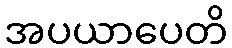
အပယာပေတိ